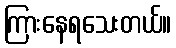
ကြားနေရသေးတယ်။